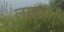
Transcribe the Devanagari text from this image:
लाडलों